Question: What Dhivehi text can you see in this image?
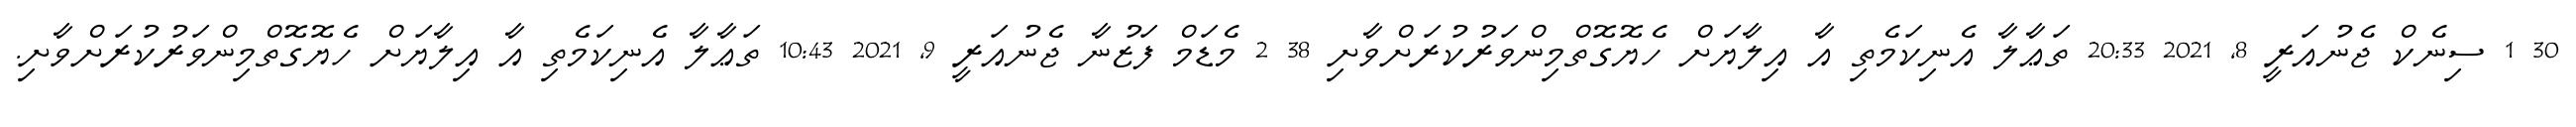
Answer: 30 1 ސިނެކް ޖެނުއަރީ 8, 2021 20:33 ތަޢާލާ އެނިކަމެތި އާ އިލާޔަށް ހެޔޮގޮތްމިންވަރުކުރަށްވާށި 38 2 މެޑަމް ފަޒުނާ ޖެނުއަރީ 9, 2021 10:43 ތަޢާލާ އެނިކަމެތި އާ އިލާޔަށް ހެޔޮގޮތްމިންވަރުކުރަށްވާށި.